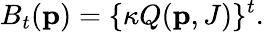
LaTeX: B_{t}({\mathbf p})=\{ \kappa Q({\mathbf p},J)\} ^{t}.